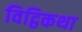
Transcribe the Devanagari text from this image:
विट्ठिकथा